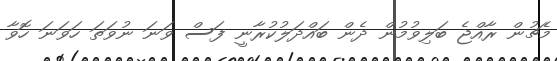
މެޗުން ރާއްޖެ ބަލިވުމުން ދެން ބައްދަލުކުރާނީ ފަސް ވަނަ ނުވަތަ ހަވަނަ ހޮވާ